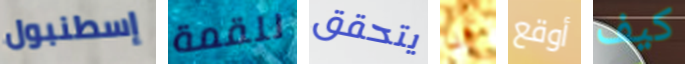
إسطنبول للقمة يتحقق أنا أوقع كيف